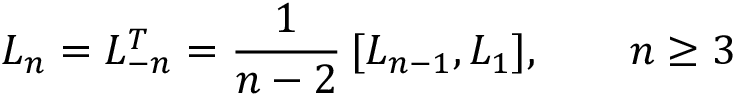
L _ { n } = L _ { - n } ^ { T } = { \frac { 1 } { n - 2 } } \, [ L _ { n - 1 } , L _ { 1 } ] , \qquad n \ge 3